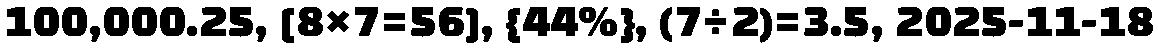
100,000.25, [8×7=56], {44%}, (7÷2)=3.5, 2025-11-18